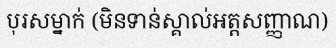
បុរសម្នាក់ (មិនទាន់ស្គាល់អត្តសញ្ញាណ)